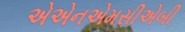
એએનએમસીએબી